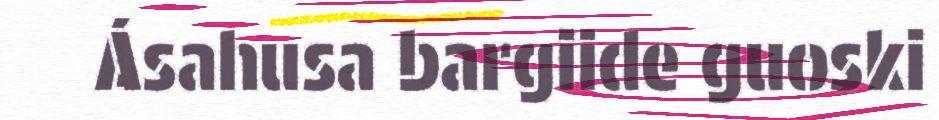
Ásahusa bargiide guoski